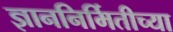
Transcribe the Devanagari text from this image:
ज्ञाननिर्मितीच्या